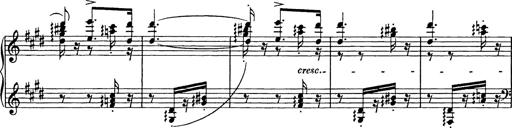
Title: Consolations
Composer: Franz Liszt